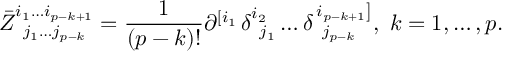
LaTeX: \bar { Z } _ { \; \; j _ { 1 } \ldots j _ { p - k } } ^ { i _ { 1 } \ldots i _ { p - k + 1 } } = \frac 1 { \left( p - k \right) ! } \partial _ { } ^ { \left[ i _ { 1 } \right. } \delta _ { \; \; j _ { 1 } } ^ { i _ { 2 } } \ldots \delta _ { \; \; j _ { p - k } } ^ { \left. i _ { p - k + 1 } \right] } , \; k = 1 , \ldots , p .